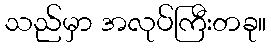
သည်မှာ အလုပ်ကြီးတခု။